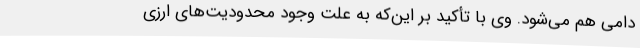
دامی هم می‌شود. وی با تأکید بر این‌که به علت وجود محدودیت‌های ارزی